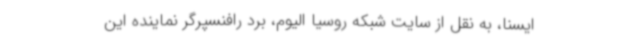
ایسنا، به نقل از سایت شبکه روسیا الیوم، برد رافنسپرگر نماینده این